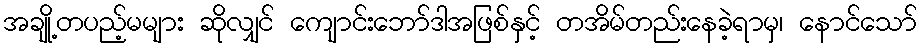
အချို့တပည့်မများ ဆိုလျှင် ကျောင်းဘော်ဒါအဖြစ်နှင့် တအိမ်တည်းနေခဲ့ရာမှ၊ နောင်သော်